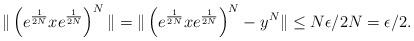
LaTeX: \begin{align*} \|\left(e^{\frac{1}{2N}}xe^{\frac{1}{2N}}\right)^N\| = \|\left(e^{\frac{1}{2N}}xe^{\frac{1}{2N}}\right)^N - y^N\| \le N\epsilon/2N = \epsilon/2.\end{align*}